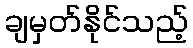
ချမှတ်နိုင်သည့်